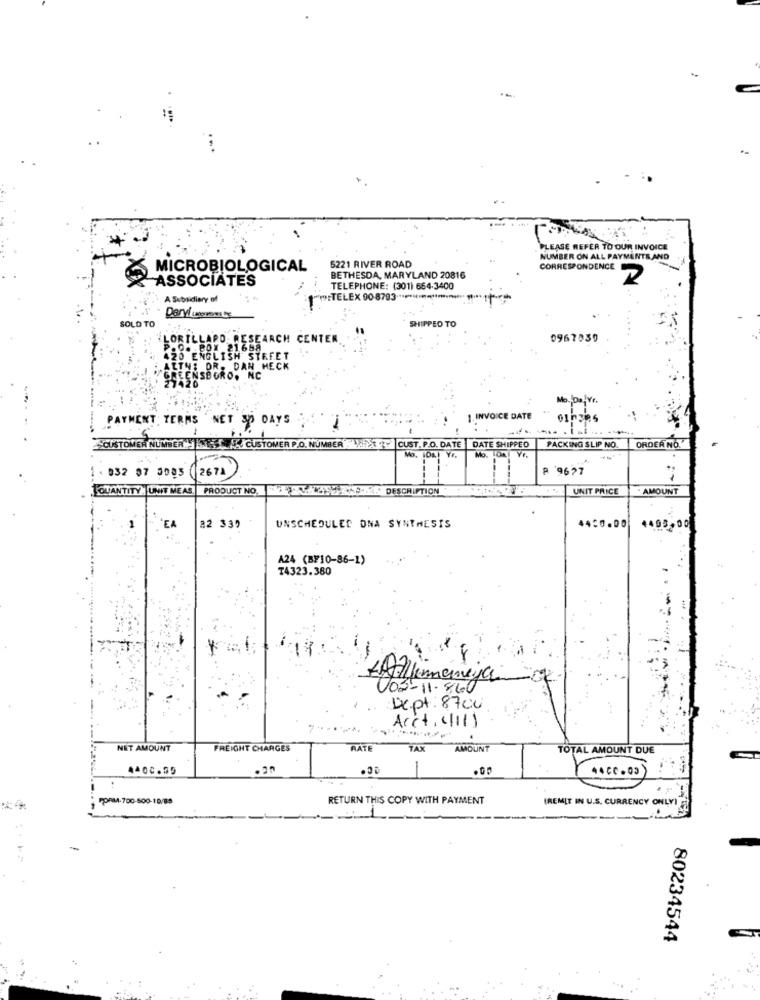
PLEASE REFER TO OUR INVOICE
NUMBER ON ALL PAYMENTS AND
MICROBIOLOGICAL
5221 RIVER ROAD
CORRESPONDENCE
ASSOCIATES
XXX
BETHESDA, MARYLAND 20816
2
TELEPHONE: (301) 664-3400
A Subsidiary of
w:TELEX 90-8793 .************************
Darvi (aboveows Os
SOLD TO
SHIPPED TO
LORILLARD. RESEARCH CENTER.
0967039
... . BOX 21658
420 ENGLISH STREET
ALTN: DR. DAN HECK
SHEENSBORO, NC
Mo. Da Vr.
PAYMENT TERMS
NET SO DAYS
1. INVOICE DATE
01h385
CUSTOMER NUMBER. NET CUSTOMER P.O. NUMBER CUST. P.O. DATE DATE SHIPPED
Mo. On YF.
PACKING SLIP NO
ORDER NO.
Mo. Da) Yr.
032 07 3083
2674
P '9677
QUANTITY |UNIT ME AS.
PRODUCT NO.
6-77.2253748-19: DESCRIPTION
UNIT PRICE
AMOUNT
EA
82 339
UNSCHEDULED ONA SYNTHESIS
4400
A24 (B/10-86-1)
T4323.380
-Almanya
002- 11-860
Dx.pt: 8700
Acct, 411)
.
NET AMOUNT
FREIGHT CHARGES
RATE
TAX
AMOUNT
TOTAL AMOUNT DUE
4400.99
-
44CC.03
RETURN THIS COPY WITH PAYMENT
IREMIT IN U.S. CURRENCY ONLYI
1
80234544